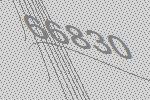
66830